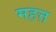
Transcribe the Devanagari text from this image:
महत्त